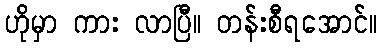
ဟိုမှာ ကား လာပြီ။ တန်းစီရအောင်။